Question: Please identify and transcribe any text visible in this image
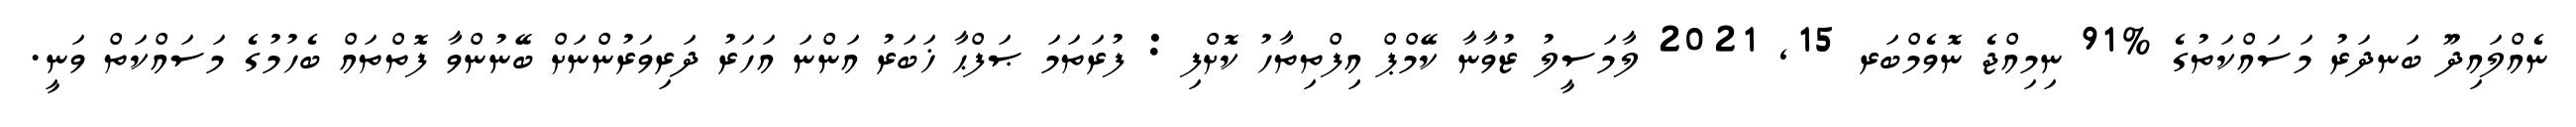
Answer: ނެއްލައިދޫ ބަނދަރު މަސައްކަތުގެ %91 ނިމިއްޖެ ނޮވެމްބަރ 15, 2021 ލާމަސީލު ޒުވާނާ ކޭމްޕް އިފްތިތާހު ކޮށްފި : ފުރަތަމަ ޞަފްޙާ ޚަބަރު އަންނަ އަހަރު ދަރިވަރުންނަށް ބޭނުންވާ ފޮތްތައް ބެހުމުގެ މަސައްކަތް ވަނީ.